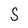
Character: S